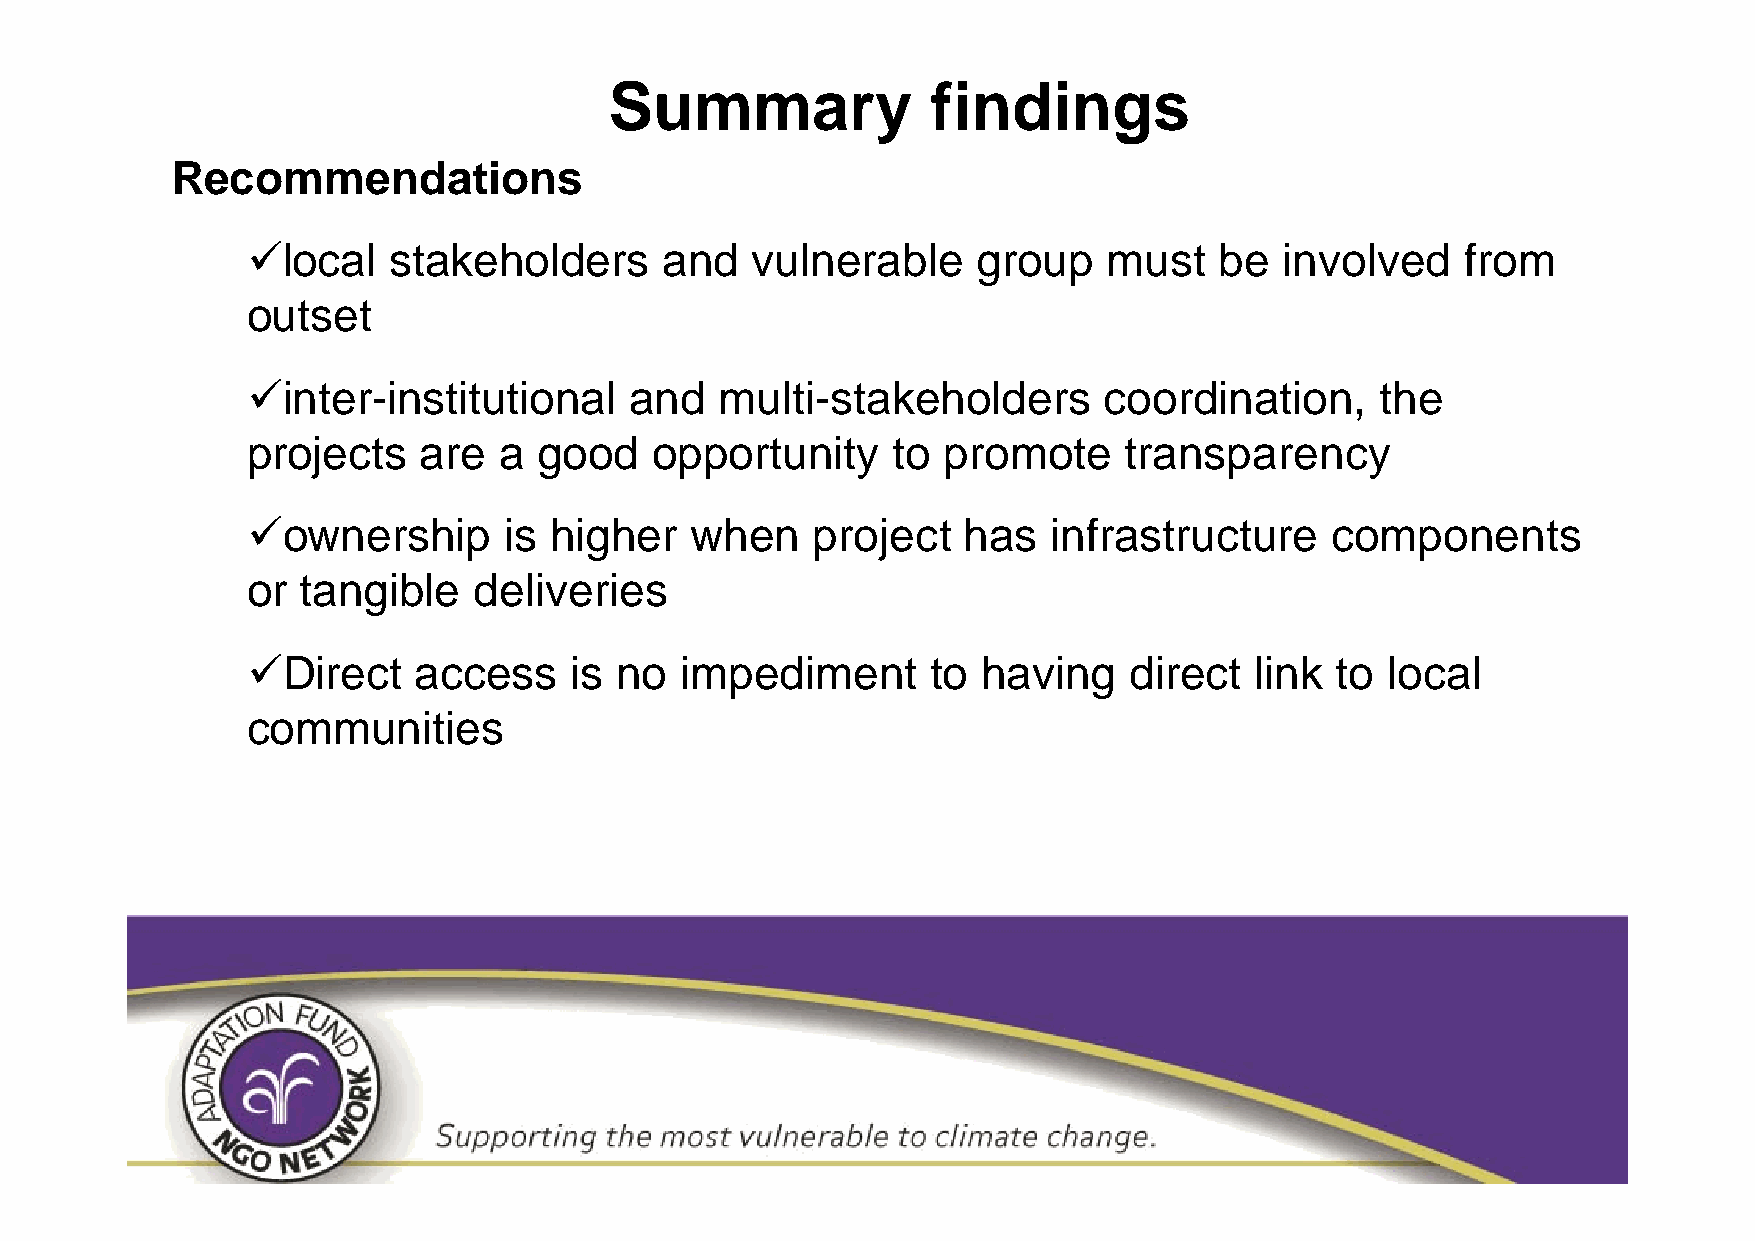
Summary               findings
 Recommendations
 local    stakeholders      and   vulnerable     group   must    be  involved    from
 outset
 inter-institutional      and   multi-stakeholders       coordination,     the
 projects    are  a  good   opportunity     to promote     transparency
 ownership       is higher    when    project   has   infrastructure    components
 or  tangible   deliveries
 Direct    access     is no  impediment       to having    direct  link to  local
 communities